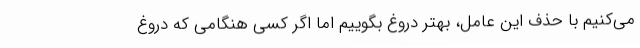
می‌کنیم با حذف این عامل، بهتر دروغ بگوییم اما اگر کسی هنگامی که دروغ